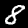
Label: 8